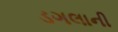
ડગલાની